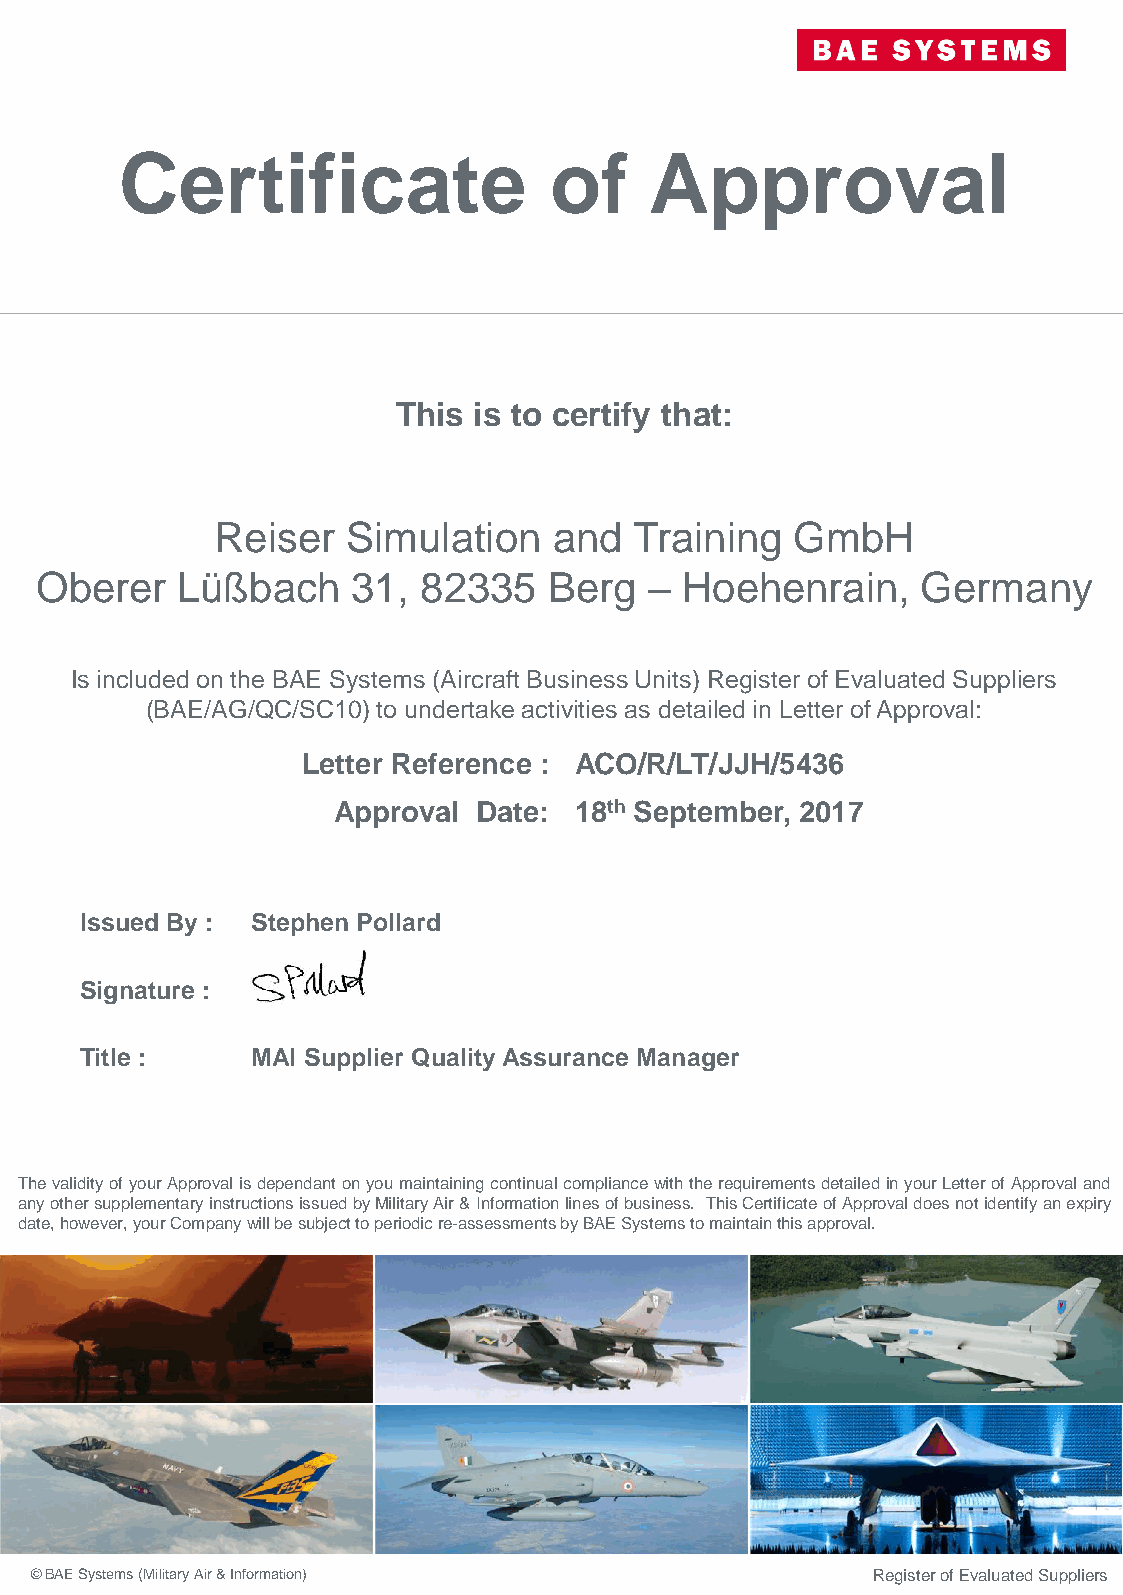
Certificate                 of     Approval
 This is to certify that:
 Reiser   Simulation    and  Training   GmbH
 Oberer    Lüßbach    31,  82335   Berg   – Hoehenrain,     Germany
 Is included on the BAE Systems (Aircraft Business Units) Register of Evaluated Suppliers
 (BAE/AG/QC/SC10) to undertake activities as detailed in Letter of Approval:
 Letter Reference : ACO/R/LT/JJH/5436
 Approval  Date: 18th September, 2017
 Issued By : Stephen Pollard
 Signature :
 Title :     MAI Supplier Quality Assurance Manager
 The validity of your Approval is dependant on you maintaining continual compliance with the requirements detailed in your Letter of Approval and
 any other supplementary instructions issued by Military Air & Information lines of business. This Certificate of Approval does not identify an expiry
 date, however, your Company will be subject to periodic re-assessments by BAE Systems to maintain this approval.
 © BAE Systems (Military Air & Information)              Register of Evaluated Suppliers